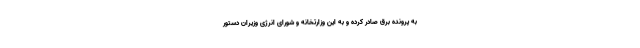
به پرونده برق صادر کرده و به این وزارتخانه و شورای انرژی وزیران دستور